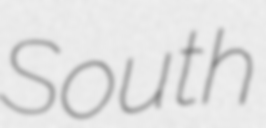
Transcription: South